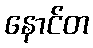
နောင်တ